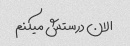
الان درستش میکنم